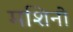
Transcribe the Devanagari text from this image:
मशिनो